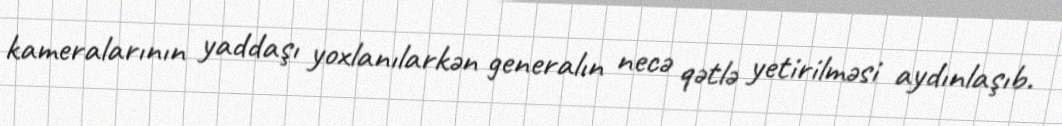
kameralarının yaddaşı yoxlanılarkən generalın necə qətlə yetirilməsi aydınlaşıb.